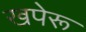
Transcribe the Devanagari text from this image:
खपेरू